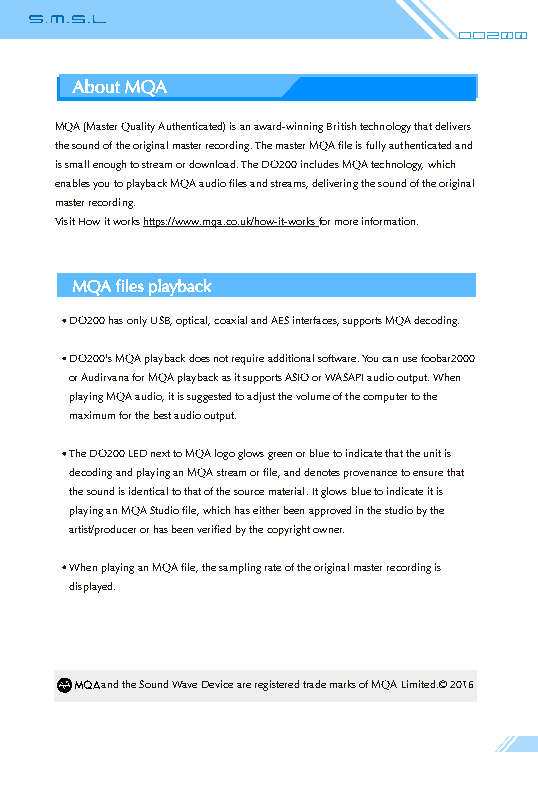
Do200
 About MQA
 MQA (Master Quality Authenticated) is an award-winning British technology that delivers
 the sound of the original master recording. The master MQA file is fully authenticated and
 is small enough to stream or download. The DO200 includes MQA technology, which
 enables you to playback MQA audio files and streams, delivering the sound of the original
 master recording.
 Visit How it works https://www.mqa.co.uk/how-it-works for more information.
 MQA files playback
 DO200 has only USB, optical, coaxial and AES interfaces, supports MQA decoding.
 DO200's MQA playback does not require additional software. You can use foobar2000
 or Audirvana for MQA playback as it supports ASIO or WASAPI audio output. When
 playing MQA audio, it is suggested to adjust the volume of the computer to the
 maximum for the best audio output.
 The DO200 LED next to MQA logo glows green or blue to indicate that the unit is
 decoding and playing an MQA stream or file, and denotes provenance to ensure that
 the sound is identical to that of the source material. It glows blue to indicate it is
 playing an MQA Studio file, which has either been approved in the studio by the
 artist/producer or has been verified by the copyright owner.
 When playing an MQA file, the sampling rate of the original master recording is
 displayed.
 and the Sound Wave Device are registered trade marks of MQA Limited.© 2016